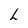
Character: h